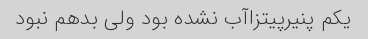
یکم پنیرپیتزاآب نشده بود ولی بدهم نبود